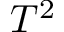
T ^ { 2 }